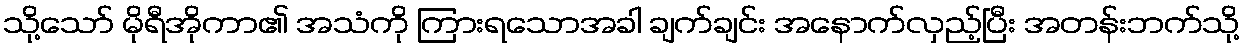
သို့သော် မိုရီအိုကာ၏ အသံကို ကြားရသောအခါ ချက်ချင်း အနောက်လှည့်ပြီး အတန်းဘက်သို့